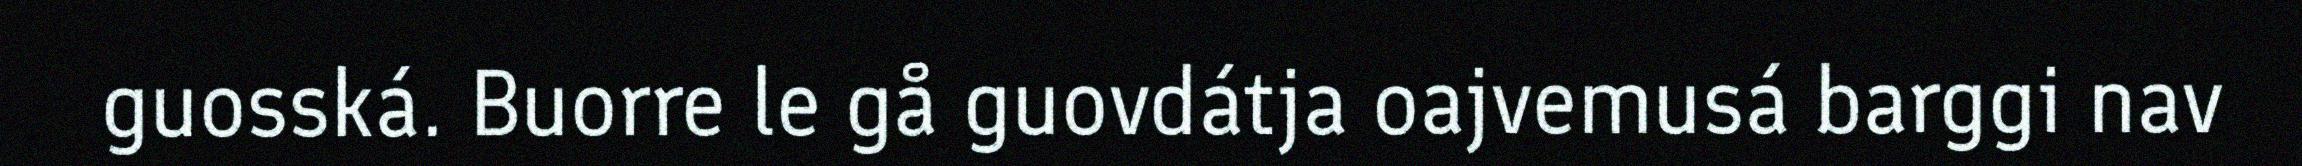
guosská. Buorre le gå guovdátja oajvemusá barggi nav